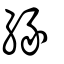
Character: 縁